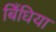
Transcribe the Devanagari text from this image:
बिँधिया